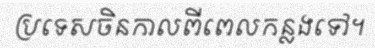
ប្រទេសចិនកាលពីពេលកន្លងទៅ។